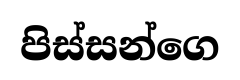
පිස්සන්ගෙ